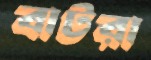
বাটরা